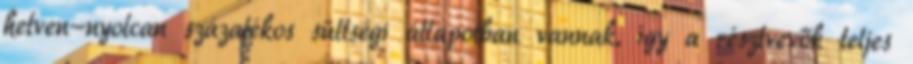
hetven-nyolcan százalékos sültségi állapotban vannak, így a résztvevők teljes